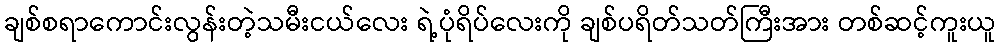
ချစ်စရာကောင်းလွန်းတဲ့သမီးငယ်လေး ရဲ့ပုံရိပ်လေးကို ချစ်ပရိတ်သတ်ကြီးအား တစ်ဆင့်ကူးယူ